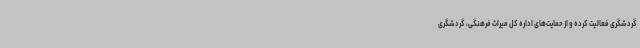
گردشگری فعالیت کرده و از حمایت‌های اداره کل میراث فرهنگی، گردشگری